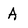
Character: A